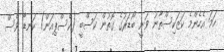
ހަމަ އެހެންމެ ކަޒަކިސްތާނު ވަނީ ބޯޑަރުގެ ގޮތުން ކަސްބީ (ކެސްޕިއަން) ކަނޑާ ވެސް